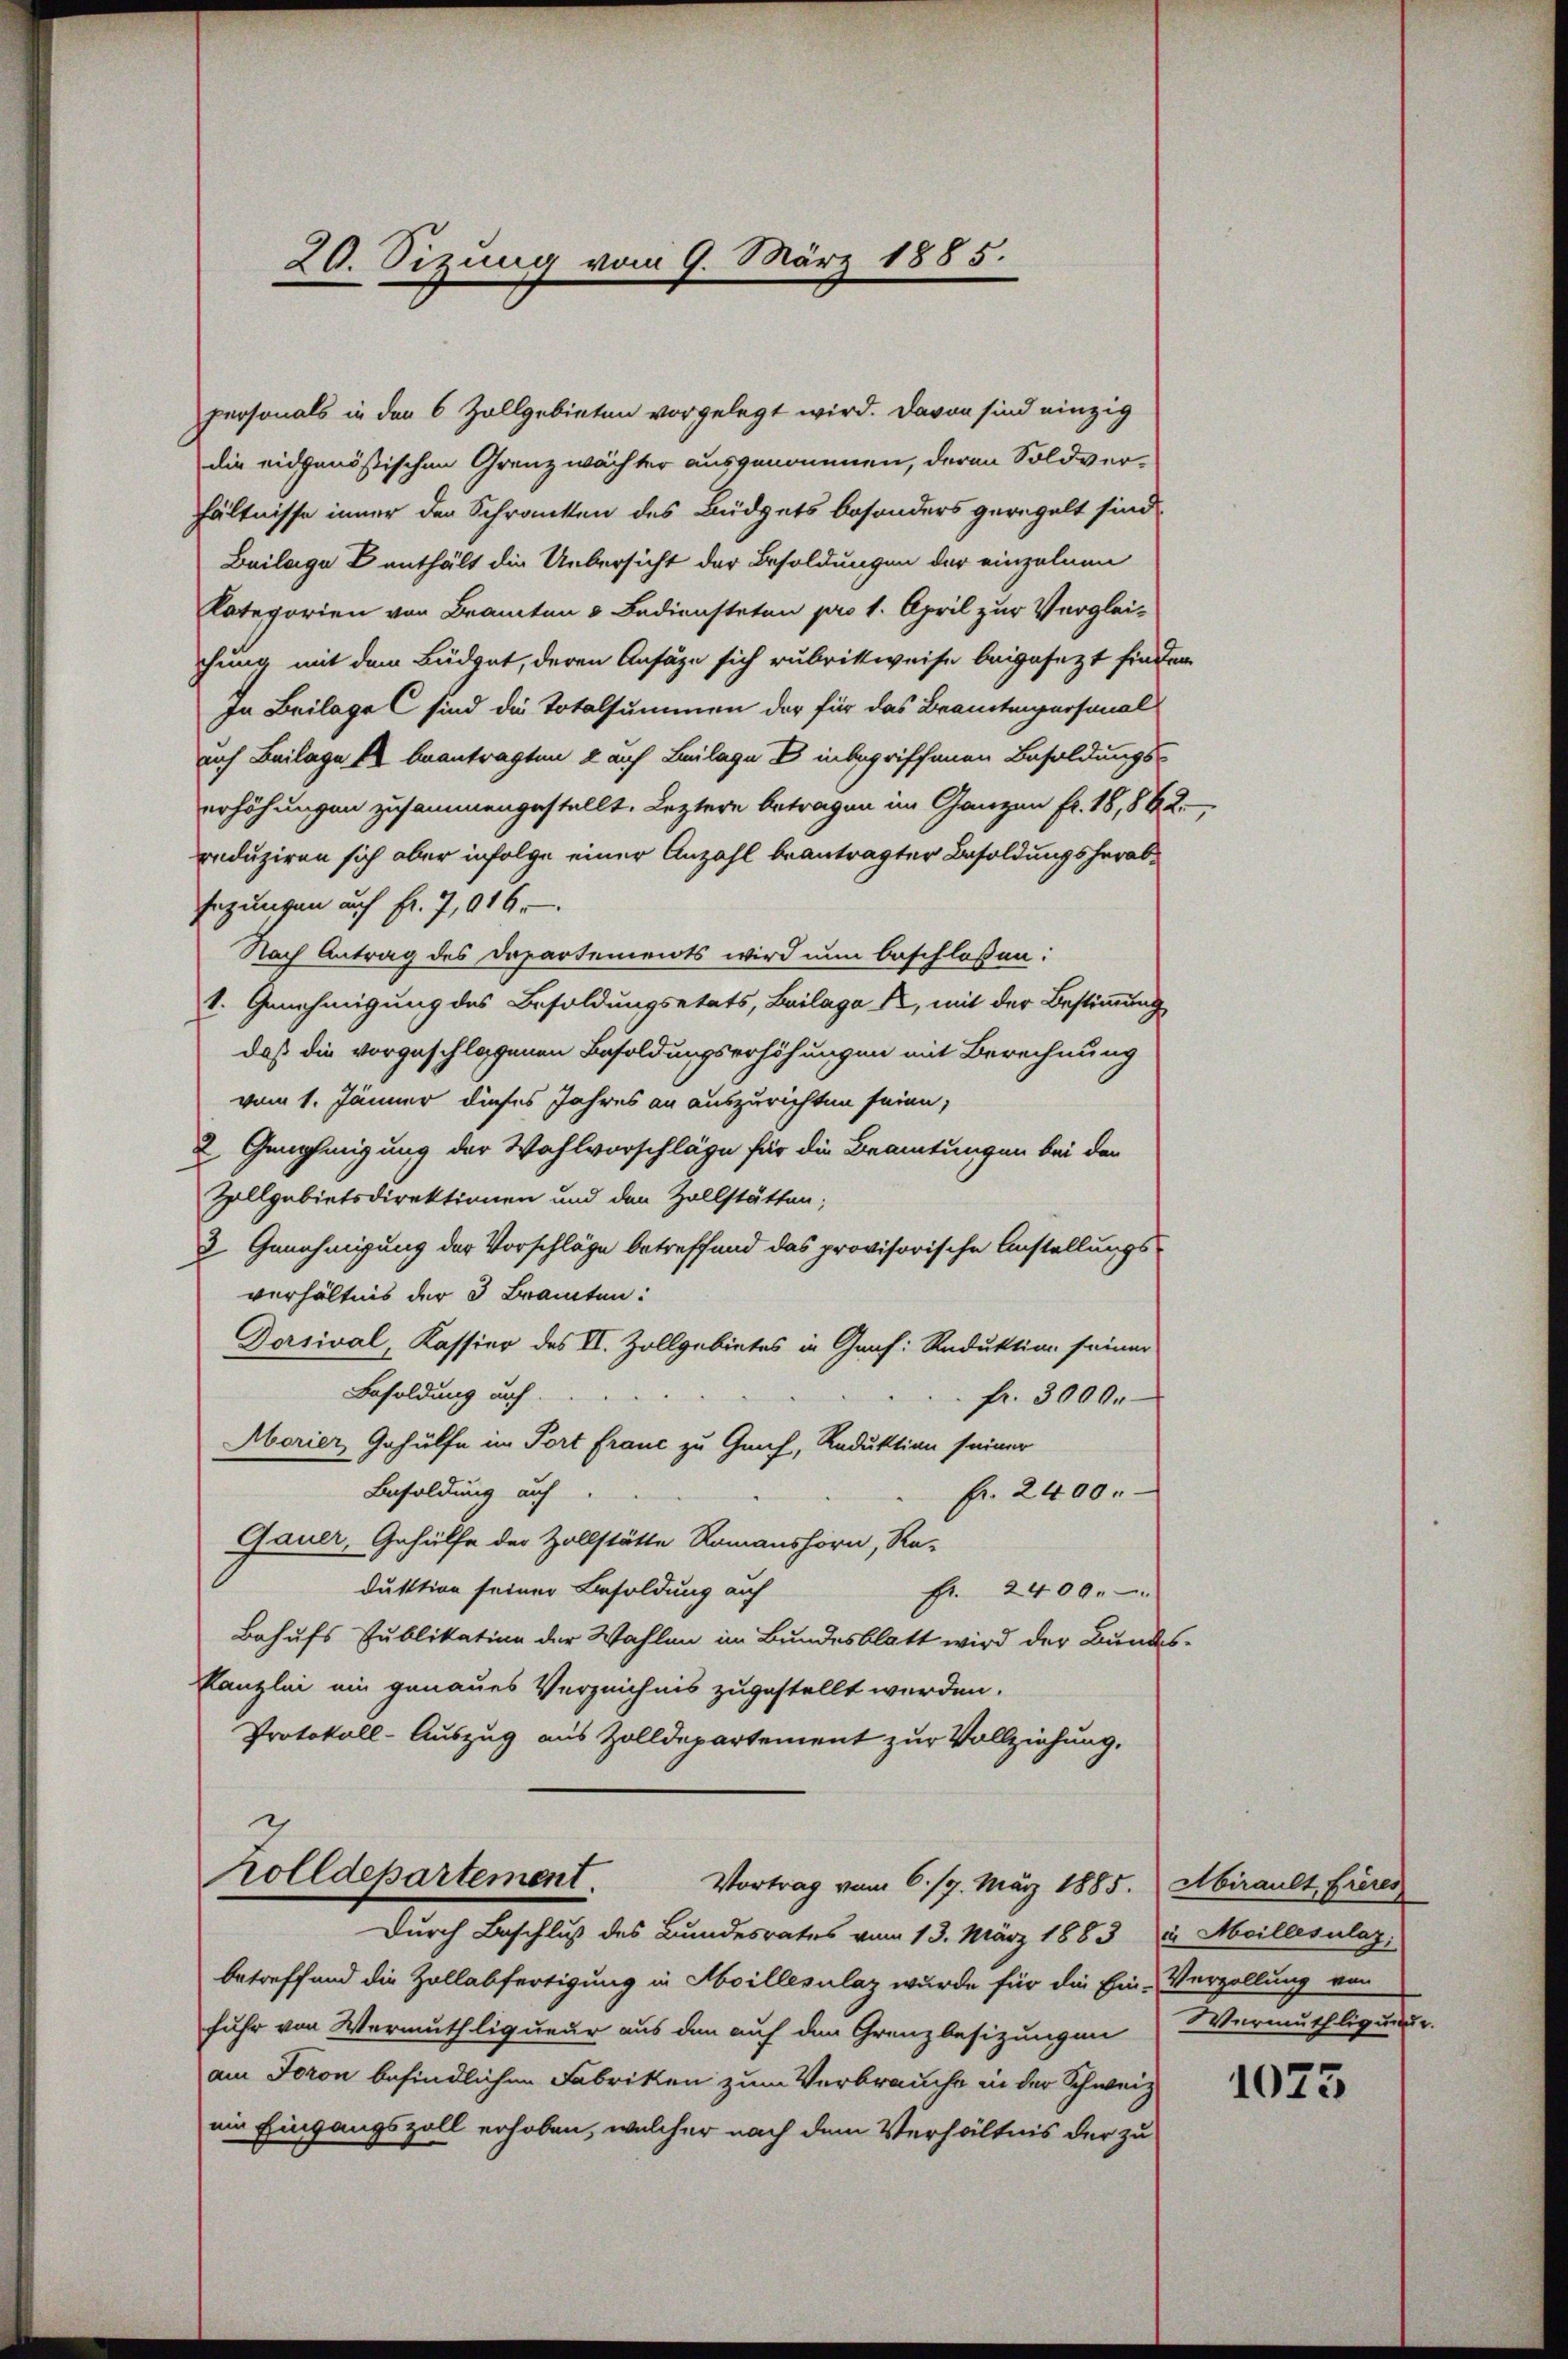
20. Sizung vom 9. März 1885.

personals in den 6 Zollgebieten vorgelegt wird. Davon sind einzig
die eidgenössischen Grenzwächter ausgenommen, deren Soldverhältnisse inner der Schranken des Büdgets besonders geregelt sind.
Beilage enthält die Uebersicht der Besoldungen der einzelnen
Categorien von Beamten & Bediensteten pro 1. April zur Verglei-
chung mit dem Büdget, deren Anfäze sich rubrikweise beigesezt finden
In Beilage sind die Totalsummen der für das Beamtungersonal
nach Beilage 14 beantragten & auch Beilage Einbegriffenen Besoldungserhöhungen zusammengestellt. Leztere betragen im Ganzen fr. 18,842.
reduziren sich aber infolge einer Anzahl beantragter Besoldungsherabsezungen auf fr. 7, 916.
Nach Antrag des Departements wird nun beschloßen:
1. Genehmigung des Besoldungsetats, Luilaga X, mit der Bestimmung
daß die vorgeschlagenen Besoldungserhöhungen mit Berechnung
vom 1. Jänner dieses Jahres an auszurichten seien;
2 Genehmigung der Wahlvorschläge für die Beamtungen bei den
Zollgebietsdirektionen und den Zollstätten;
2 Genehmigung der Vorschläge betreffend das provisorische Anstellungs-
verhältnis der 3 Brauten:
Dorsival, Kassier des II. Zollgebietes in Graf: Reduktion seiner
Besoldung auf.
fr. 3000.
Morier Gehülfe im Port franc zu Genf, Reduktion seiner
Besoldung auf
fr. 2400.
Gauer, Gehülfe der Zollstätte Romanshorn, Re-
duktion seiner Besoldung auf
Fr. 2400.
Behufs Publikation der Wahlen im Bundesblatt wird der Bundes-
Kanzlei ein genaues Verzeichnis zugestellt werden.
Protokoll-Auszug aus Zolldepartement zur Vollziehung,

Zolldepartement
Vortrag vom 6. 17. März 1885.
n

Durch Beschluß des Bundesrates vom 13. März 1883 u. Meillesalaz,
betreffend die Zollabfertigung in Moillesalaz wurde für die Ein-
fuhr von Vermuthliqueur aus den auf den Grenzbesizungen
am Foron befindlichen Fabriken zum Verbrauche in der Schweiz
eie Eingangszoll erhoben, welcher nach dem Verhältnis der zu

Abirault, frères
Verzollung von
Wermuthliquer.

1023